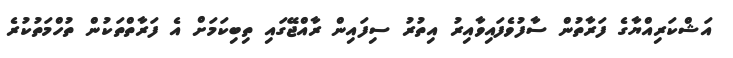
އަޝްކަރިއްޔާގެ ފަރާތުން ސާފުވެފައިވާއިރު އިތުރު ސިފައިން ރާއްޖޭގައި ތިބިކަމަށް އެ ފަރާތްތަކުން ތުހްމަތުކުރެ